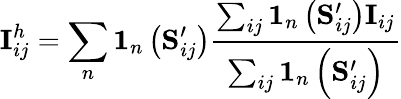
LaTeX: \mathbf{I}_{ij}^{h}=\sum_{n}\mathbf{1}_{n}\left(\mathbf{S}_{ij}^{\prime}\right)\frac{\sum_{ij}\mathbf{1}_{n}\left(\mathbf{S}_{ij}^{\prime}\right)\mathbf{I}_{ij}}{\sum_{ij}\mathbf{1}_{n}\left(\mathbf{S}_{ij}^{\prime}\right)}